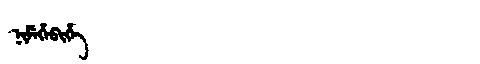
Manchu: ᠨᡳᠮᡝᡥᡝᠪᡳᡥᡝ
Romanization: NIMEHEBIHE